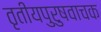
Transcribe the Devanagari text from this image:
तृतीयपुरुषवाचक